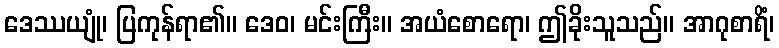
ဒေဿယျုံ၊ ပြကုန်ရာ၏။ ဒေဝ၊ မင်းကြီး။ အယံစောရော၊ ဤခိုးသူသည်။ အာဂုစာရိံ၊